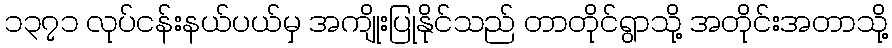
၁၃၇၁ လုပ်ငန်းနယ်ပယ်မှ အကျိုးပြုနိုင်သည် တာတိုင်ရွာသို့ အတိုင်းအတာသို့